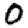
Digit: 0